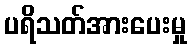
ပရိသတ်အားပေးမှု